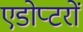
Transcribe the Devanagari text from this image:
एडोप्टरों